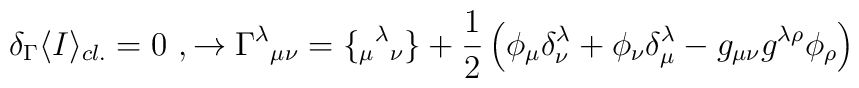
\delta_\Gamma  \langle I \rangle_{cl.}=0\ ,\rightarrow 	\Gamma^\lambda{}_{\mu\nu}=\{_\mu{}^\lambda{}_\nu\}+{1\over 2}	\left(\phi_\mu\delta^\lambda_\nu+\phi_\nu\delta^\lambda_\mu-	g_{\mu\nu}g^{\lambda\rho}\phi_\rho \right)\